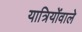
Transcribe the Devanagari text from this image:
यात्रियोंवाले